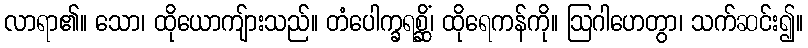
လာရာ၏။ သော၊ ထိုယောကျ်ားသည်။ တံပေါက္ခရစ္ဆိံ၊ ထိုရေကန်ကို။ ဩဂါဟေတွာ၊ သက်ဆင်း၍။